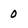
Character: o